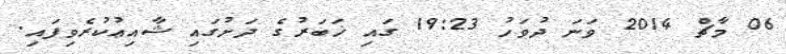
06 މާޗް 2014 ވަނަ ދުވަހު 19:23 ގައި ޚަބަރުގެ ދަށުގައި ޝާއިޢުކުރެވިފައި.